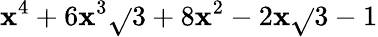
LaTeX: \mathbf{x}^{4}+6\mathbf{x}^{3}\sqrt{}{{3}}+8\mathbf{x}^{2}-2\mathbf{x}\sqrt{}{{3}}-1